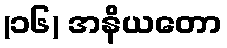
(၁၆) အနိယတော